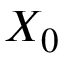
X _ { 0 }